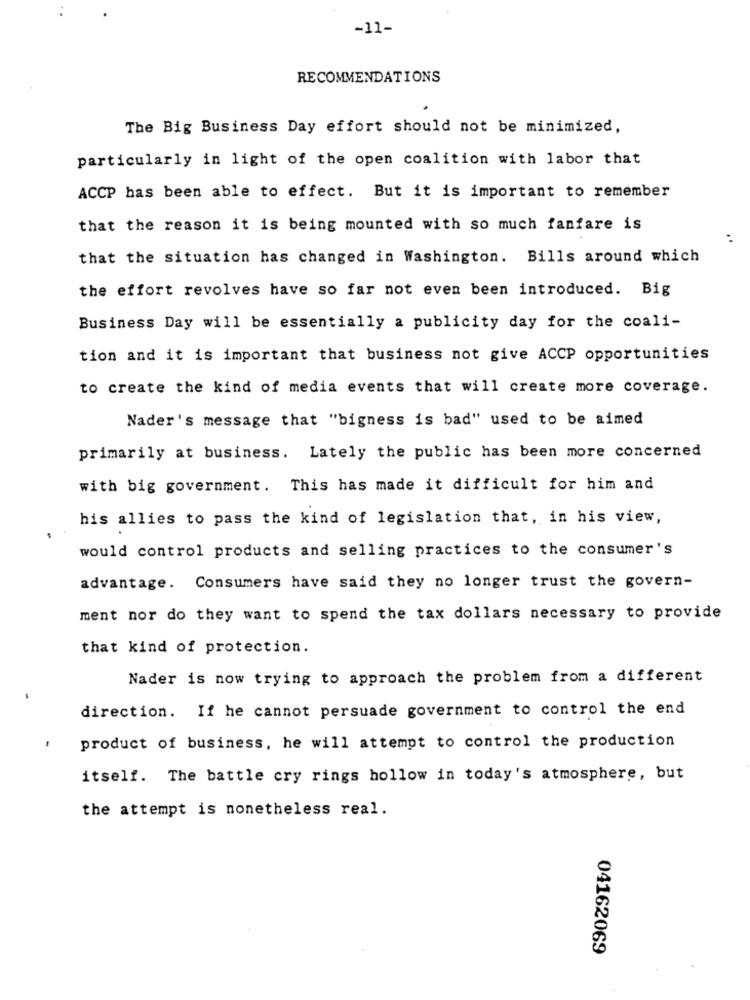
-11-
RECOMMENDATIONS
The Big Business Day effort should not be minimized,
particularly in light of the open coalition with labor that
ACCP has been able to effect. But it is important to remember
that the reason it is being mounted with so much fanfare is
that the situation has changed in Washington. Bills around which
the effort revolves have so far not even been introduced. Big
Business Day will be essentially a publicity day for the coali-
tion and it is important that business not give ACCP opportunities
to create the kind of media events that will create more coverage.
Nader's message that "bigness is bad" used to be aimed
primarily at business. Lately the public has been more concerned
with big government. This has made it difficult for him and
his allies to pass the kind of legislation that, in his view,
would control products and selling practices to the consumer's
advantage. Consumers have said they no longer trust the govern-
ment nor do they want to spend the tax dollars necessary to provide
that kind of protection.
Nader is now trying to approach the problem from a different
direction. If he cannot persuade government to control the end
product of business, he will attempt to control the production
itself. The battle cry rings hollow in today's atmosphere, but
the attempt is nonetheless real.
04162069